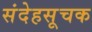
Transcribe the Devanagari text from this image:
संदेहसूचक